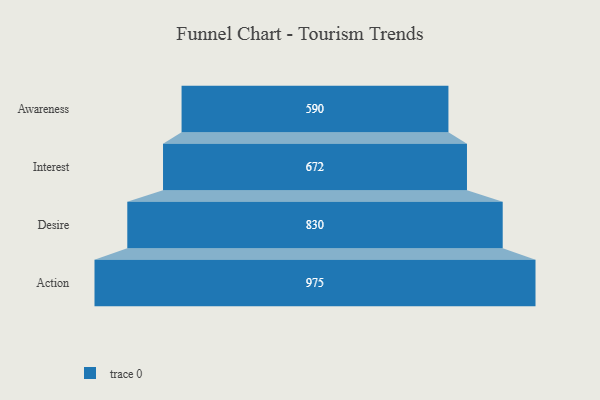
{"axis": {"x": "Stage", "y": "Value"}, "legend": [""], "data": [{"x": "Awareness", "y": 590.0, "type": ""}, {"x": "Interest", "y": 672.0, "type": ""}, {"x": "Desire", "y": 830.0, "type": ""}, {"x": "Action", "y": 975.0, "type": ""}]}